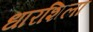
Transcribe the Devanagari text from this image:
धारशिला